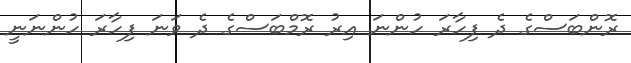
ރޮންބަސްގެ ދެ ފިހާރަ ހުންނަ އިރު ރޮމްބަސްގެ ދެ ވަނަ ފިހާރަ ހުންނަނީ